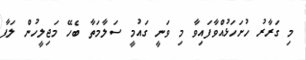
މި ގަރާރު ހުށަހަޅުއްވާފައިވާ މި ވަނީ ގައުމީ ސަލާމަތާ ބެހޭ މަޖިލީހުން ލަފާ